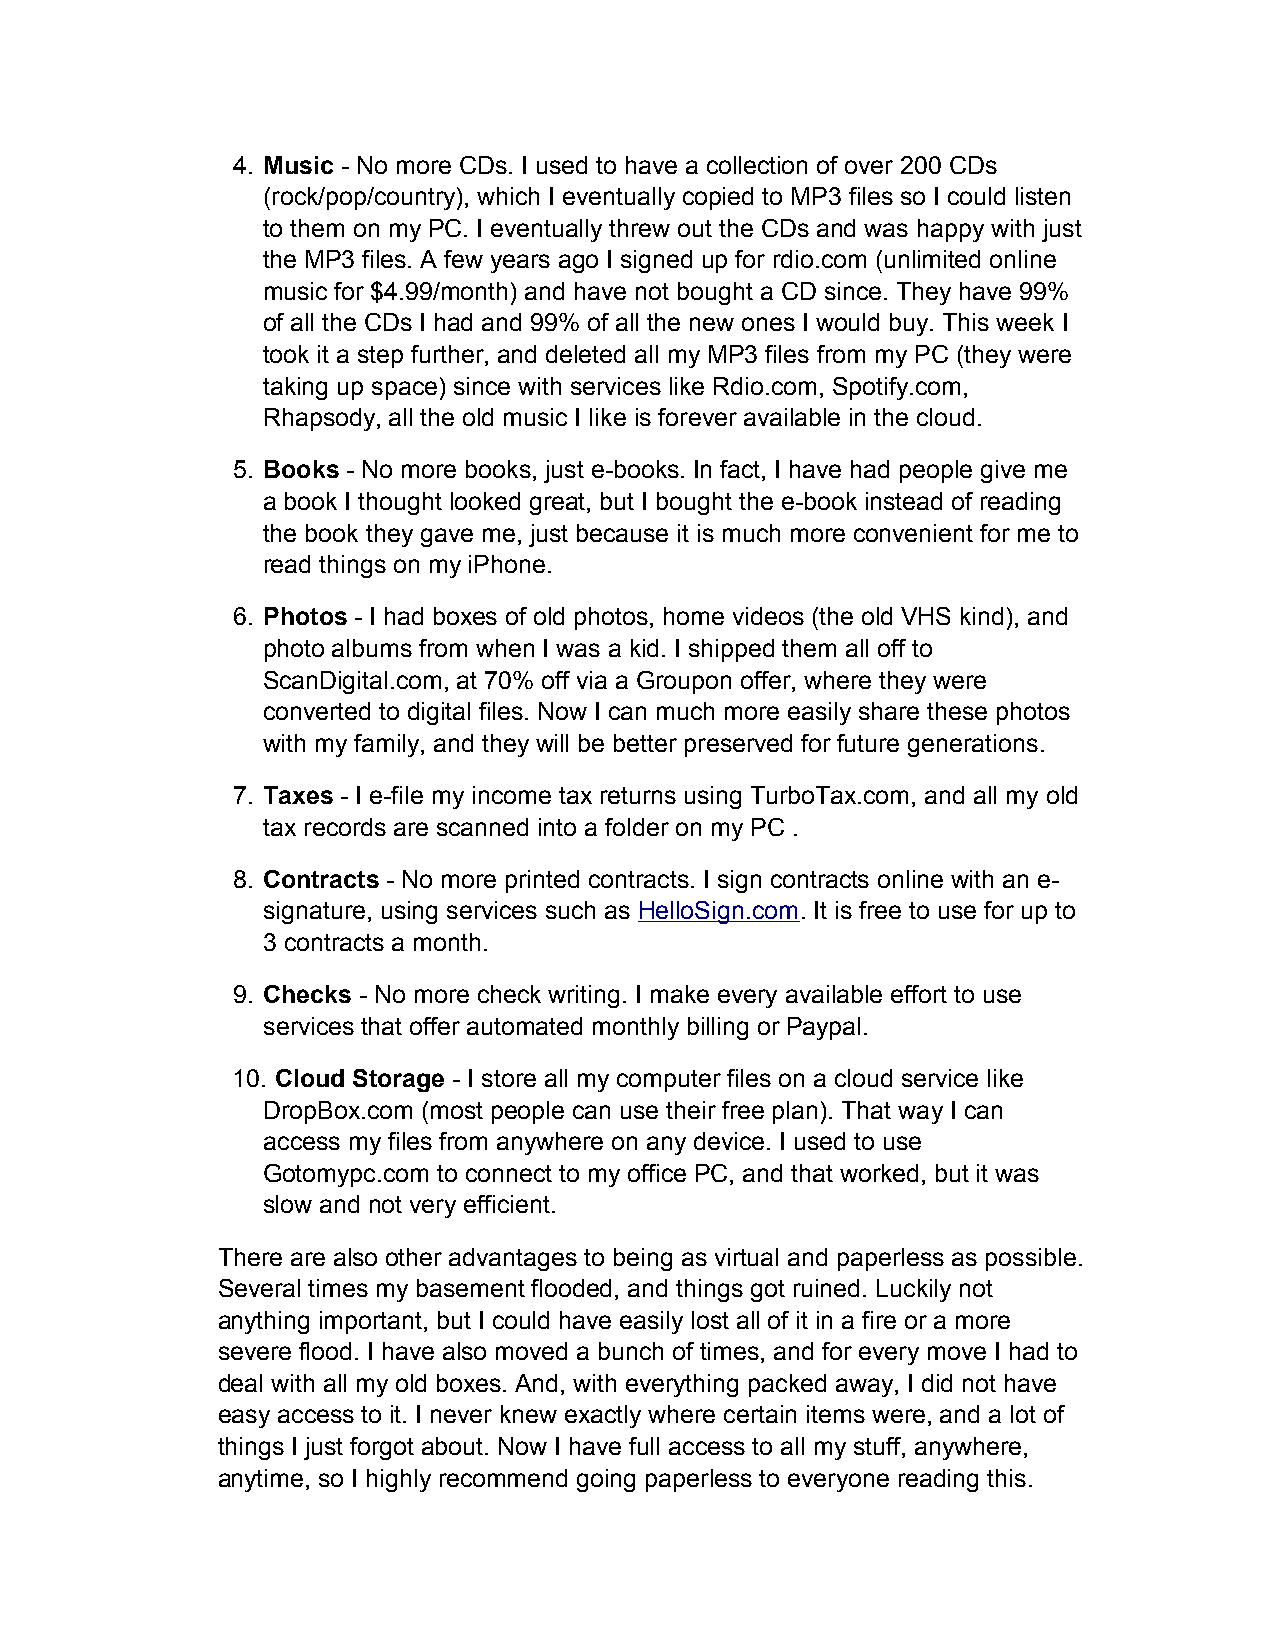
4. Music - No more CDs. I used to have a collection of over 200 CDs
 (rock/pop/country), which I eventually copied to MP3 files so I could listen
 to them on my PC. I eventually threw out the CDs and was happy with just
 the MP3 files. A few years ago I signed up for rdio.com (unlimited online
 music for $4.99/month) and have not bought a CD since. They have 99%
 of all the CDs I had and 99% of all the new ones I would buy. This week I
 took it a step further, and deleted all my MP3 files from my PC (they were
 taking up space) since with services like Rdio.com, Spotify.com,
 Rhapsody, all the old music I like is forever available in the cloud.
 5. Books - No more books, just e-books. In fact, I have had people give me
 a book I thought looked great, but I bought the e-book instead of reading
 the book they gave me, just because it is much more convenient for me to
 read things on my iPhone.
 6. Photos - I had boxes of old photos, home videos (the old VHS kind), and
 photo albums from when I was a kid. I shipped them all off to
 ScanDigital.com, at 70% off via a Groupon offer, where they were
 converted to digital files. Now I can much more easily share these photos
 with my family, and they will be better preserved for future generations.
 7. Taxes - I e-file my income tax returns using TurboTax.com, and all my old
 tax records are scanned into a folder on my PC .
 8. Contracts - No more printed contracts. I sign contracts online with an e-
 signature, using services such as HelloSign.com. It is free to use for up to
 3 contracts a month.
 9. Checks - No more check writing. I make every available effort to use
 services that offer automated monthly billing or Paypal.
 10. Cloud Storage - I store all my computer files on a cloud service like
 DropBox.com (most people can use their free plan). That way I can
 access my files from anywhere on any device. I used to use
 Gotomypc.com to connect to my office PC, and that worked, but it was
 slow and not very efficient.
 There are also other advantages to being as virtual and paperless as possible.
 Several times my basement flooded, and things got ruined. Luckily not
 anything important, but I could have easily lost all of it in a fire or a more
 severe flood. I have also moved a bunch of times, and for every move I had to
 deal with all my old boxes. And, with everything packed away, I did not have
 easy access to it. I never knew exactly where certain items were, and a lot of
 things I just forgot about. Now I have full access to all my stuff, anywhere,
 anytime, so I highly recommend going paperless to everyone reading this.